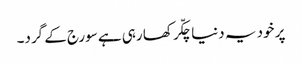
پر خود یہ دنیا چکّر کھا رہی ہے سورج کے گرد۔